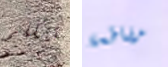
تتكلم مقاطعة